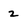
Character: 2